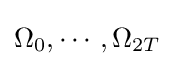
\Omega _{0},\cdots ,\Omega _{2T}